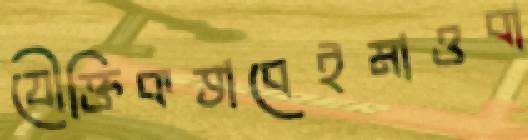
যৌক্তিকভাবেইমাওবা